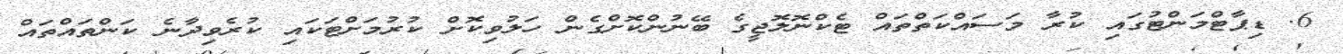
6. ޑިޕާޓްމަންޓުގައި ކުރާ މަސައްކަތްތައް ޓެކްނޮލޮޖީގެ ބޭނުންކޮށްގެން ހަލުވިކޮށް ކުރުމަށްޓަކައި ކުރެވިދާނެ ކަންތައްތައް